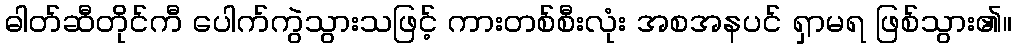
ဓါတ်ဆီတိုင်ကီ ပေါက်ကွဲသွားသဖြင့် ကားတစ်စီးလုံး အစအနပင် ရှာမရ ဖြစ်သွား၏။